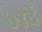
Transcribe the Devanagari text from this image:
७९वें